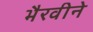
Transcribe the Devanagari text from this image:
भैरवीने